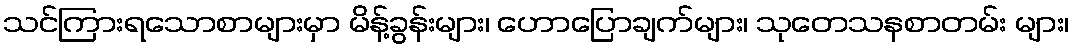
သင်ကြားရသောစာများမှာ မိန့်ခွန်းများ၊ ဟောပြောချက်များ၊ သုတေသနစာတမ်း များ၊